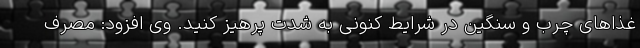
غذاهای چرب و سنگین در شرایط کنونی به شدت پرهیز کنید. وی افزود: مصرف